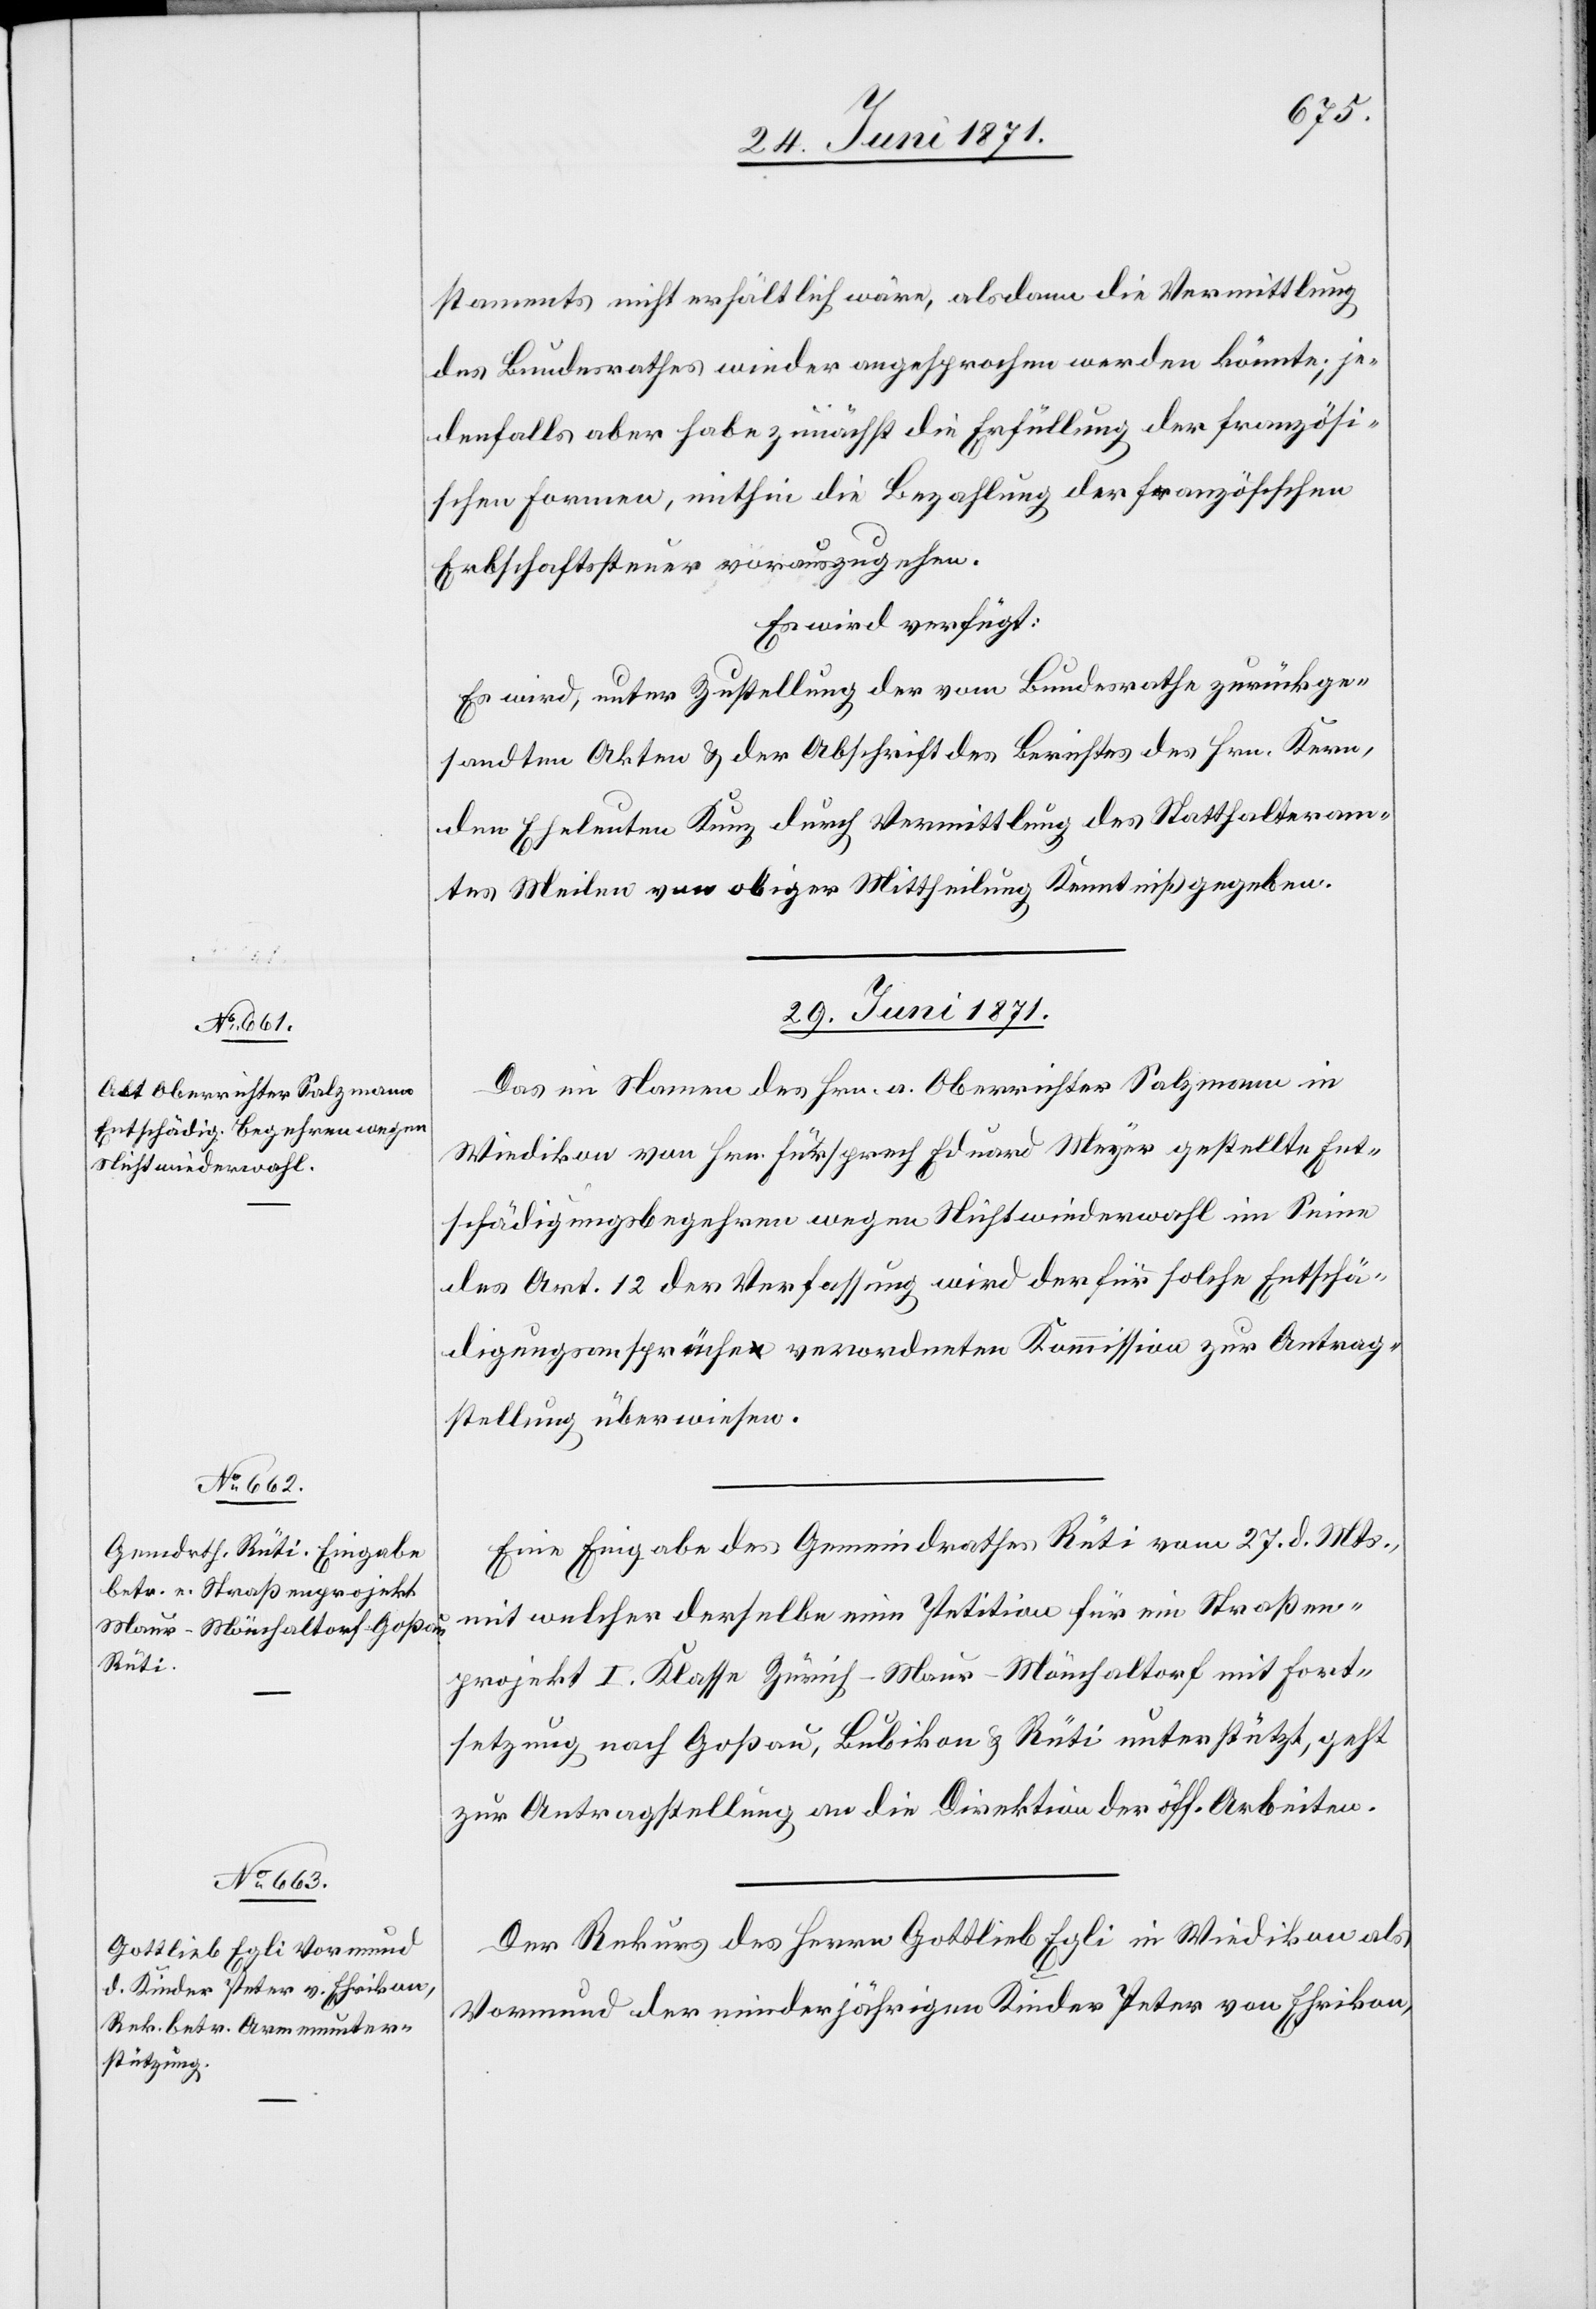
[Präsid¬
fügungen

staments nicht erhältlich wäre, alsdann die Vermittlung
des Bundesrathes wieder angesprochen werden könnte; je¬
denfalls aber habe zunächst die Erfüllung der französi¬
schen Formen, mithin die Bezahlung der französischen
Erbschaftssteuer vorauszugehen.
Es wird verfügt:
Es wird, unter Zustellung der vom Bundesrathe zurückge¬
sandten Akten u. der Abschrift des Berichtes des Hrn. Kern,
den Eheleuten Kunz durch Vermittlung des Statthalteram¬
tes Meilen von obiger Mittheilung Kenntniß gegeben.
29. Juni 1871.]
Das im Namen des Hrn. a Oberrichter Salzmann in
Wiedikon von Hrn. Fürsprech Eduard Meyer gestellte Ent¬
schädigungsbegehren wegen Nichtwiederwahl im Sinne
des Art. 12 der Verfassung wird der für solche Entschä¬
digungsansprüche verordneten Kommission zur Antrag¬
stellung überwiesen.
Eine Eingabe des Gemeindrathes Rüti vom 27. d. Mts.,
mit welcher derselbe eine Petition für ein Straßen¬
projekt I. Klasse Zürich-Maur-Mönchaltorf mit Fort¬
setzung nach Goßau, Bubikon u. Rüti unterstützt, geht
zur Antragstellung an die Direktion der öff. Arbeiten.
Der Rekurs des Herrn Gottlieb Egli in Wiedikon als
Vormund der minderjährigen Kinder Peter von Ehrikon,